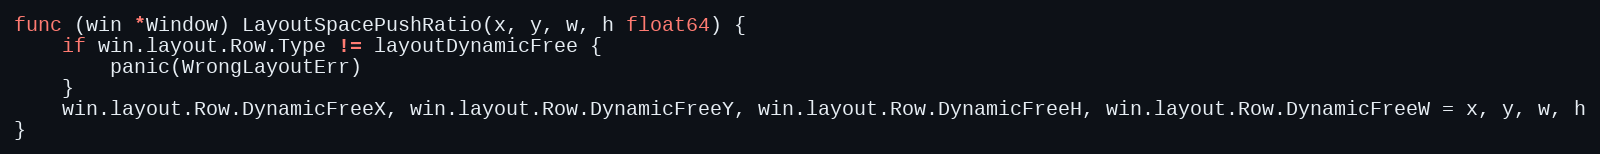
Language: Go
func (win *Window) LayoutSpacePushRatio(x, y, w, h float64) {
	if win.layout.Row.Type != layoutDynamicFree {
		panic(WrongLayoutErr)
	}
	win.layout.Row.DynamicFreeX, win.layout.Row.DynamicFreeY, win.layout.Row.DynamicFreeH, win.layout.Row.DynamicFreeW = x, y, w, h
}